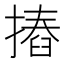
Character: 摏